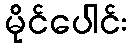
မိုင်ပေါင်း